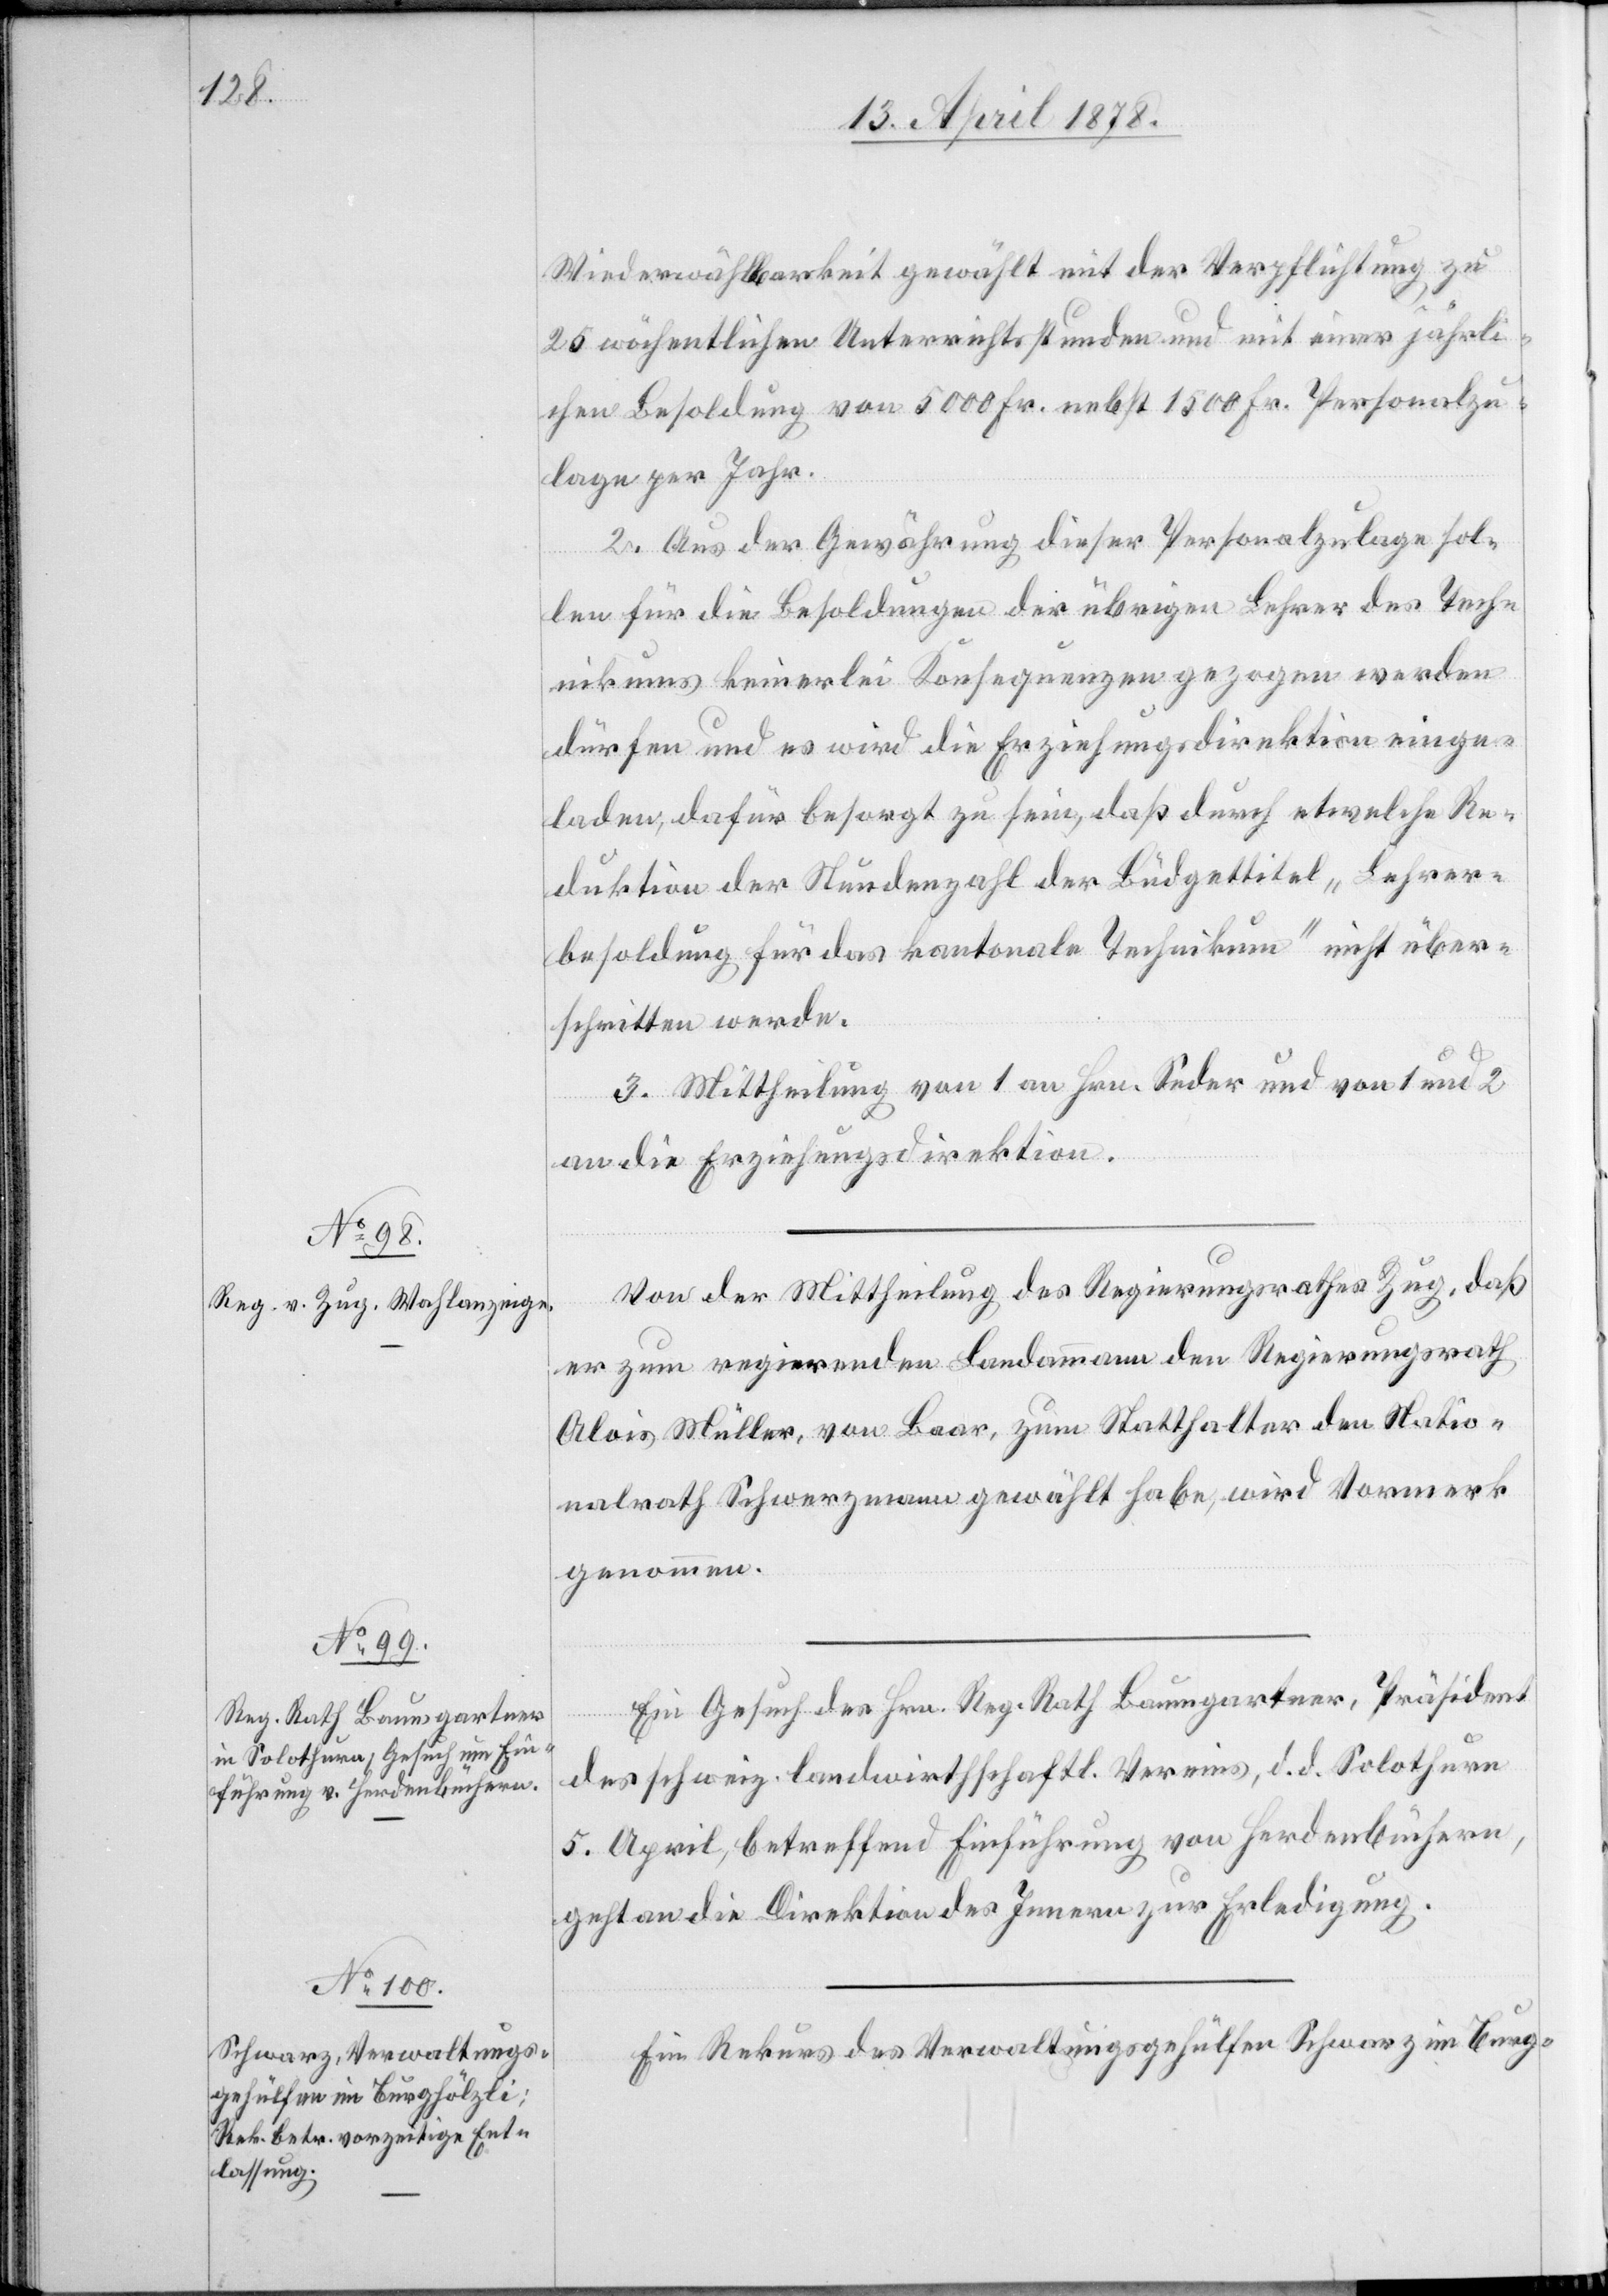
Wiederwählbarkeit gewählt mit der Verpflichtung zu
25 wöchentlichen Unterrichtsstunden und mit einer jährli¬
chen Besoldung von 5000 Fr. nebst 1500 Fr. Personalzu¬
lage per Jahr.
2. Aus der Gewährung dieser Personalzulage sol¬
len für die Besoldungen die übrigen Lehrer des Tech¬
nikums keinerlei Konsequenzen gezogen werden
dürfen und es wird die Erziehungsdirektion einge¬
laden, dafür besorgt zu sein, daß durch etwelche Re¬
duktion der Stundenzahl der Büdgettitel „Lehrer¬
besoldung für das kantonale Technikum“ nicht über¬
schritten werde.
3. Mittheilung von 1 an Hrn. Seder und von 1 und 2
an die Erziehungsdirektion.
Von der Mittheilung des Regierungsrathes Zug, daß
er zum regierenden Landammann den Regierungsrath
Alois Müller, von Baar, zum Statthalter den Natio¬
nalrath Schwerzmann gewählt habe, wird Vormerk
genommen.
Ein Gesuch des Hrn. Reg. Rath Baumgartner, Präsident
des schweiz. landwirthschaftl. Vereins, d. d. Solothurn
5. April, betreffend Einführung von Herdenbüchern,
geht an die Direktion des Innern zur Erledigung.
Ein Rekurs des Verwaltungsgehülfen Schwarz im Burg-